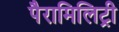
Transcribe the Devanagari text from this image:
पैरामिलिट्री